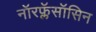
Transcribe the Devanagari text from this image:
नॉरफ्लॅसॉसिन